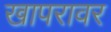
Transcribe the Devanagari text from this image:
खापरावर